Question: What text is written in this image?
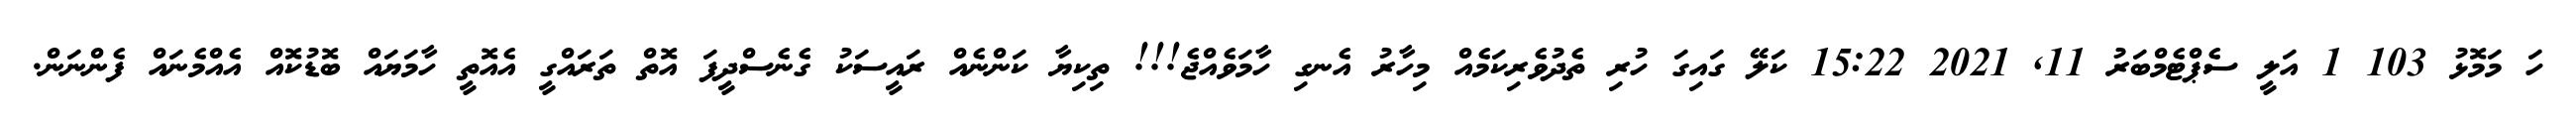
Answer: ހަ މަމޮޅު 103 1 އަލީ ސެޕްޓެމްބަރު 11, 2021 15:22 ކަލޭ ގައިގަ ހުރި ތެދުވެރިކަމެއް މިހާރު އެނގި ހާމަވެއްޖެ!!! ތިކިޔާ ކަންނެއް ރައީސަކު ގެނެސްދީފަ އޮތް ތަރައްގީ އެއޮތީ ހާމަޔައް ބޮޑުކޮއް އެއްމެނައް ފެންނަން.